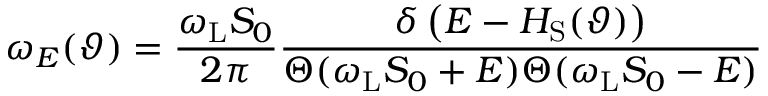
\omega _ { E } ( \vartheta ) = \frac { \omega _ { \mathrm { L } } S _ { 0 } } { 2 \pi } \frac { \delta \left( E - H _ { \mathrm { S } } ( \vartheta ) \right) } { \Theta ( \omega _ { \mathrm { L } } S _ { 0 } + E ) \Theta ( \omega _ { \mathrm { L } } S _ { 0 } - E ) }